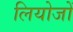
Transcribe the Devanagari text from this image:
लियोजों